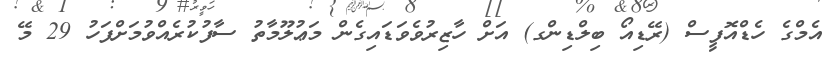
އެމްގެ ހެޑްއޮފީސް (ރޭޑިއޯ ބިލްޑިންގ) އަށް ހާޒިރުވެވަޑައިގެން މަޢުލޫމާތު ސާފުކުރެއްވުމަށްފަހު 29 މޭ